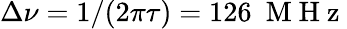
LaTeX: \Delta\nu=1/(2\pi\tau)=126~\mathrm{~M~H~z~}